Rangoon Lunatic Asylum 1878-1892 - 1878-1892
Year: 1878
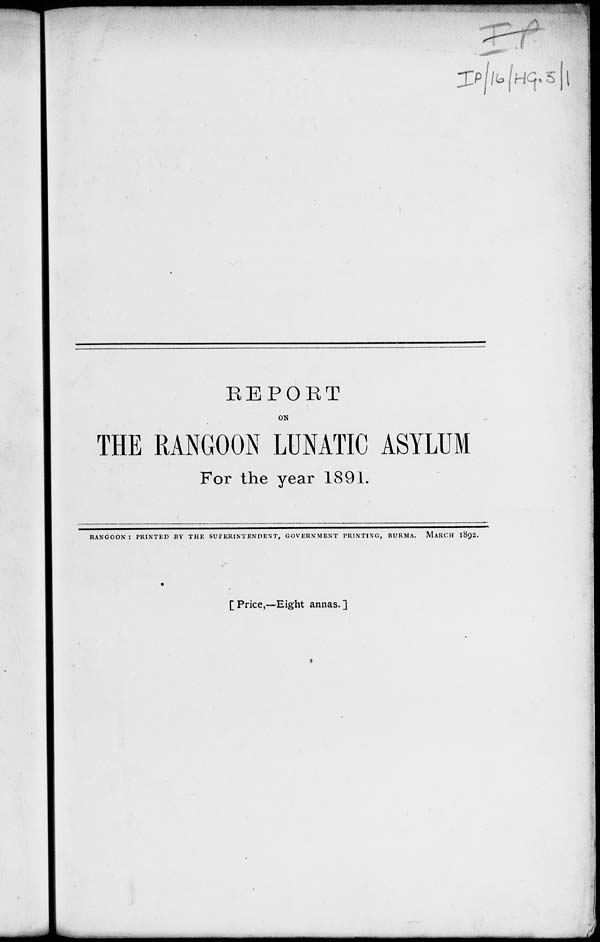
REPORT
ON
THE RANGOON LUNATIC ASYLUM
For the year 1891.
RANGOON : PRINTED BY THE SUPERINTENDENT, GOVERNMENT PRINTING, BURMA.
MARCH 1892.
[ Price,—Eight annas. ]